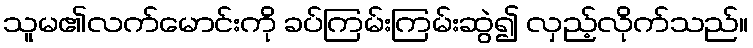
သူမ၏လက်မောင်းကို ခပ်ကြမ်းကြမ်းဆွဲ၍ လှည့်လိုက်သည်။